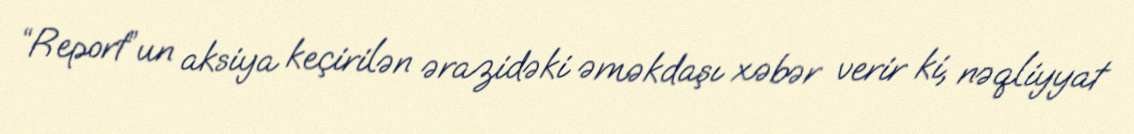
“Report”un aksiya keçirilən ərazidəki əməkdaşı xəbər verir ki, nəqliyyat